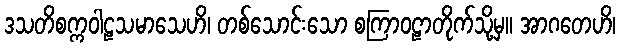
ဒသတိစက္ကဝါဠသမာသေဟိ၊ တစ်သောင်းသော စကြာဝဠာတိုက်သို့မှ။ အာဂတေဟိ၊